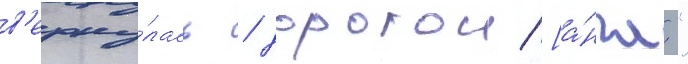
в'ерну́лась / дорогои [а́нгл."